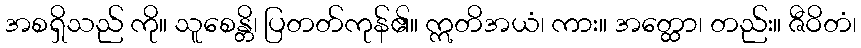
အစရှိသည် ကို။ သူစေန္တိ၊ ပြတတ်ကုန်၏။ ဣတိအယံ၊ ကား။ အတ္ထော၊ တည်း။ ဇီဝိတံ၊